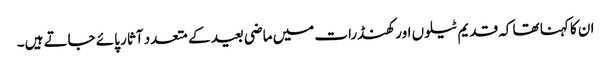
ان کا کہنا تھا کہ قدیم ٹیلوں اور کھنڈرات میں ماضی بعید کے متعدد آثار پائے جاتے ہیں۔